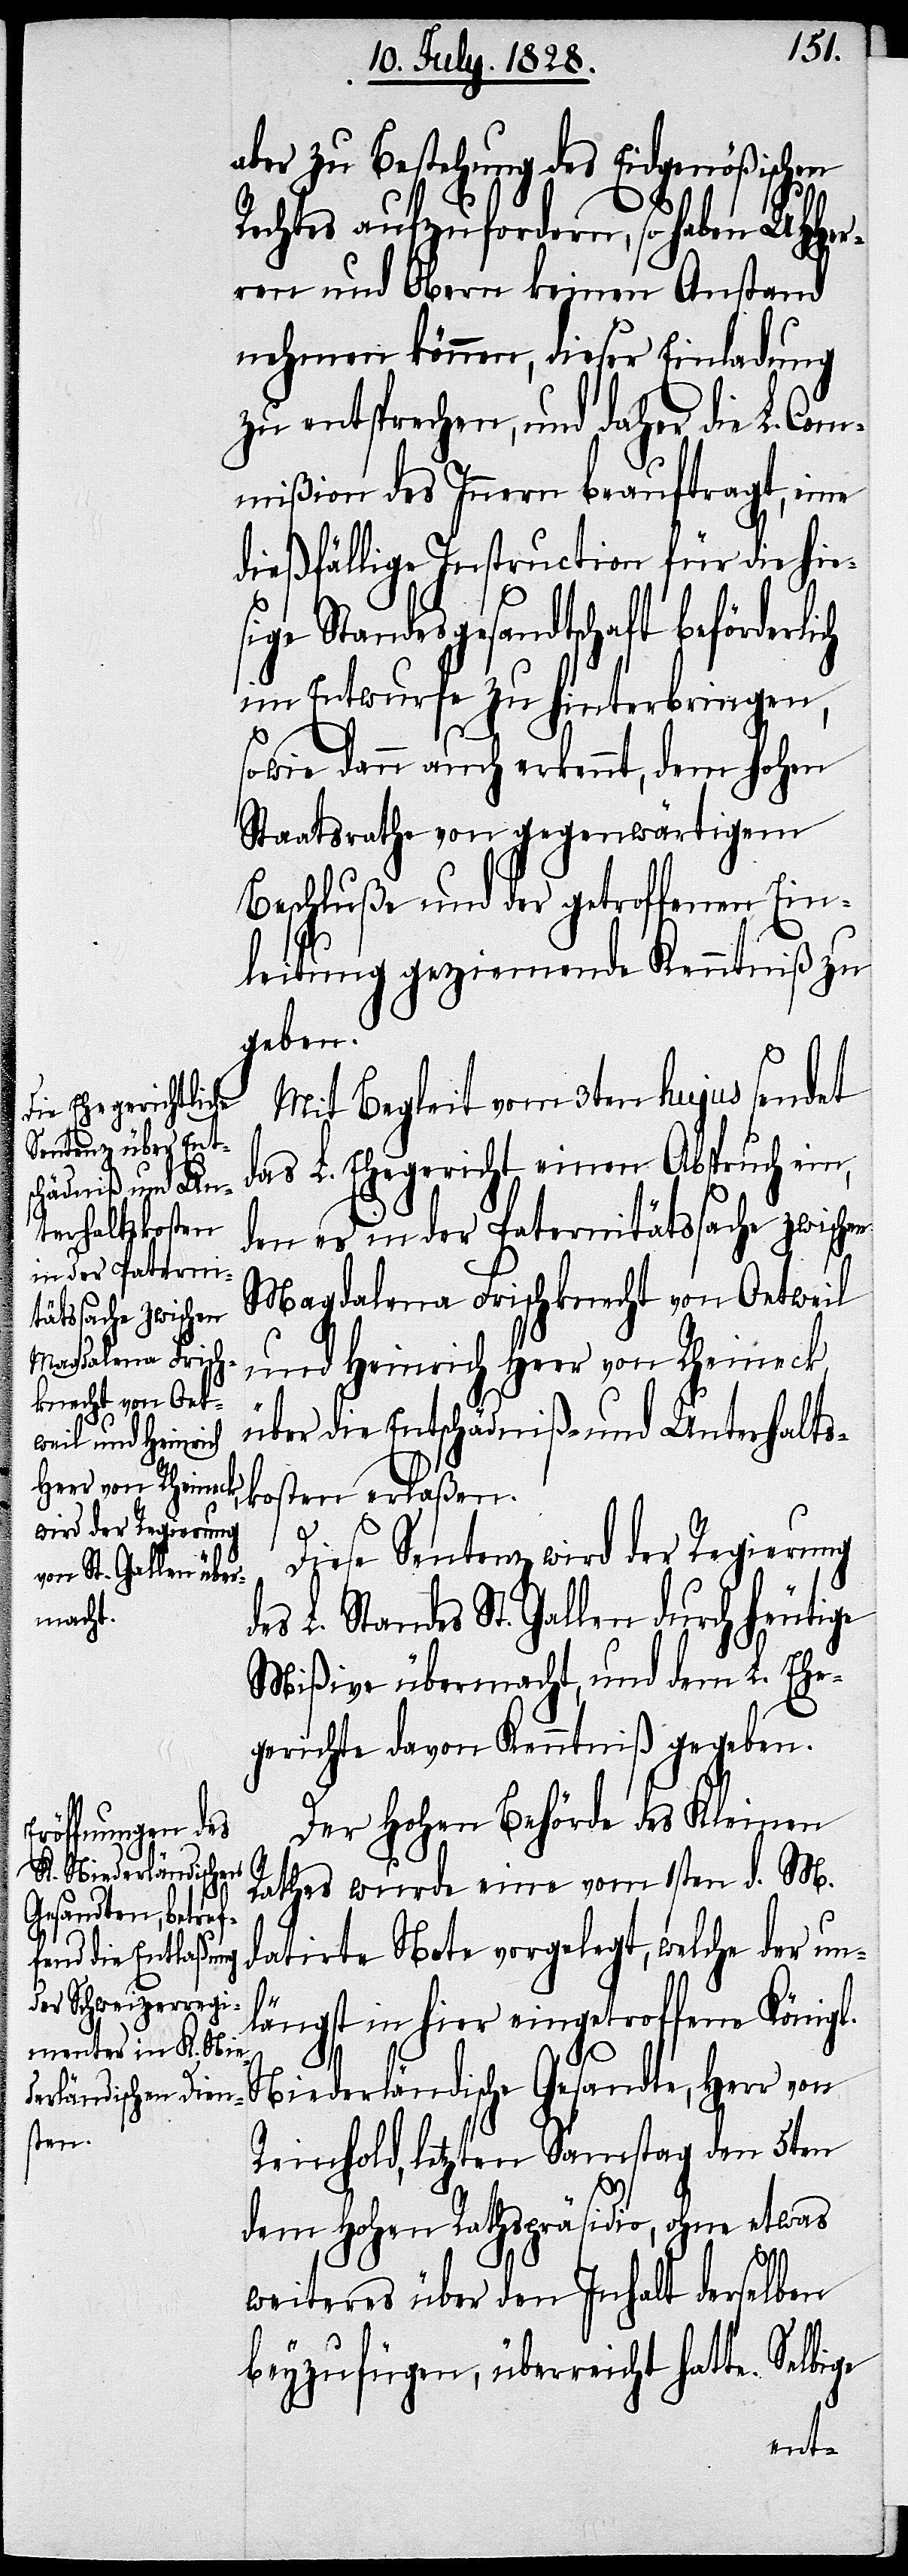
aber zu Bestehung des Eidgenößischen
Rechtes aufzufordern, so haben UHHer¬
ren und Obern keinen Anstand
nehmen können, dieser Einladung
zu entsprechen, und daher die L. Com¬
mißion des Innern beauftragt, eine
dießfällige Instruction für die hie¬
sige Standesgesandtschaft beförderlich
im Entwurfe zu hinterbringen,
sowie dann auch erkennt, dem hohen
Staatsrathe von gegenwärtigem
Beschluße und der getroffenen Ein¬
leitung geziemende Kenntniß zu
geben.
Mit Begleit vom 3ten hujus sendet
das L. Ehegericht einen Abspruch ein,
den es in der Paternitätssache zwischen
Magdalena Frischknecht von Oetweil
und Heinrich Heer von Rheineck
über die Entschädniß- und Unterhalts¬
kosten erlaßen.
Diese Sentenz wird der Regierung
L. Standes St. Gallen durch heutige
Mißive übermacht, und dem L. Ehe¬
gerichte davon Kenntniß gegeben.
Der Hohen Behörde des Kleinen
Rathes wurde eine vom 1sten d. M.
datirte Note vorgelegt, welche der un¬
längst in hier eingetroffene Königl.
Niederländische Gesandte, Herr von
Reinhold, letzten Samstag den 5ten
dem Hohen Rathspräsidio, ohne etwas
weiteres über den Inhalt derselben
beyzufügen, überreicht hatte.